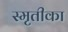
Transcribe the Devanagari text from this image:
स्मृतीका